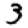
Digit: 3